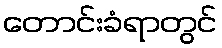
တောင်းခံရာတွင်